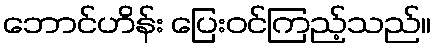
ဘောင်ဟိန်း ပြေးဝင်ကြည့်သည်။